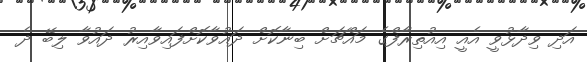
އަދި ވިދާޅުވީ އެއީ އިއުތިރާފްގެ މައްޗަށް ބިނާކޮށް ދައުވާކޮށްފައިވާއިރު ދައުވާ ލިބޭ ދެ